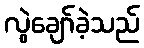
လွဲချော်ခဲ့သည်